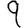
Digit: 9